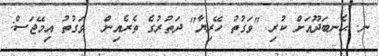
ނ. ޙެނބަދޫއަށް ކުރި "ވަގުތު ހޭރިޔާ" ދަތުރުގެ ތެރެއިން  ވަގުތު އިމޭޖަސް: